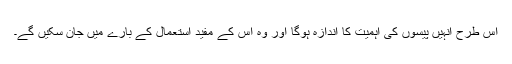
اس طرح انہیں پیسوں کی اہمیت کا اندازہ ہوگا اور وہ اس کے مفید استعمال کے بارے میں جان سکیں گے۔